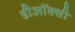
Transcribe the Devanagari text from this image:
डीऑक्सी